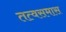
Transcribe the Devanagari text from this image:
तत्वसमास